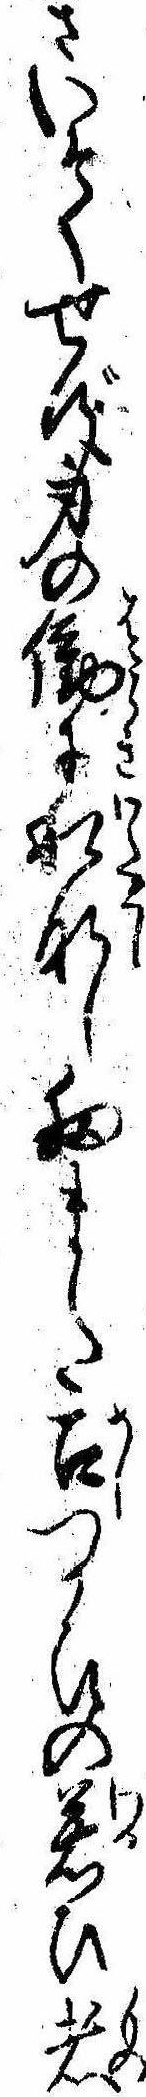
さいそくせず身の働に私なし扨また召つかひの若ひ者